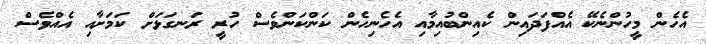
އެހެން މީހުންނެކޭ އެއްފަދައިން ކެއިންބުއިމާއި އެހެނިހެން ކަންކަންވެސް ހުރީ ރަނގަޅަށް ކަމަށާއި އެއްވެސް